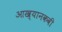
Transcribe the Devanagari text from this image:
आख्यानकवी